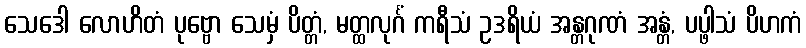
သေဒေါ လောဟိတံ ပုဗ္ဗော သေမှံ ပိတ္တံ, မတ္ထလုင်္ဂံ ကရီသံ ဥဒရိယံ အန္တဂုဏံ အန္တံ, ပပ္ဖါသံ ပိဟကံ